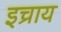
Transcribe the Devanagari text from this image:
इच्राय